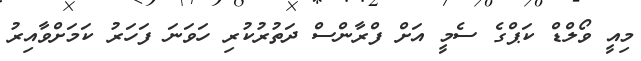
މިއީ ވޯލްޑް ކަޕްގެ ސެމީ އަށް ފްރާންސް ދަތުރުކުރި ހަވަނަ ފަހަރު ކަމަށްވާއިރު